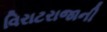
વિરાટરાજાની